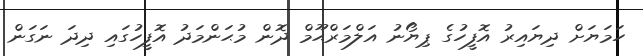
ހަމަޔަށް ދިޔައިރު އޮފީހުގެ ޕިޔޯނު އަލްމަރްޙޫމް ދޮން މުޙަންމަދު އޮފީހުގައި ދިދަ ނަގަން